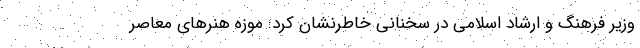
وزیر فرهنگ و ارشاد اسلامی در سخنانی خاطرنشان کرد: موزه هنرهای معاصر